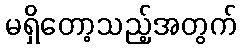
မရှိတော့သည့်အတွက်